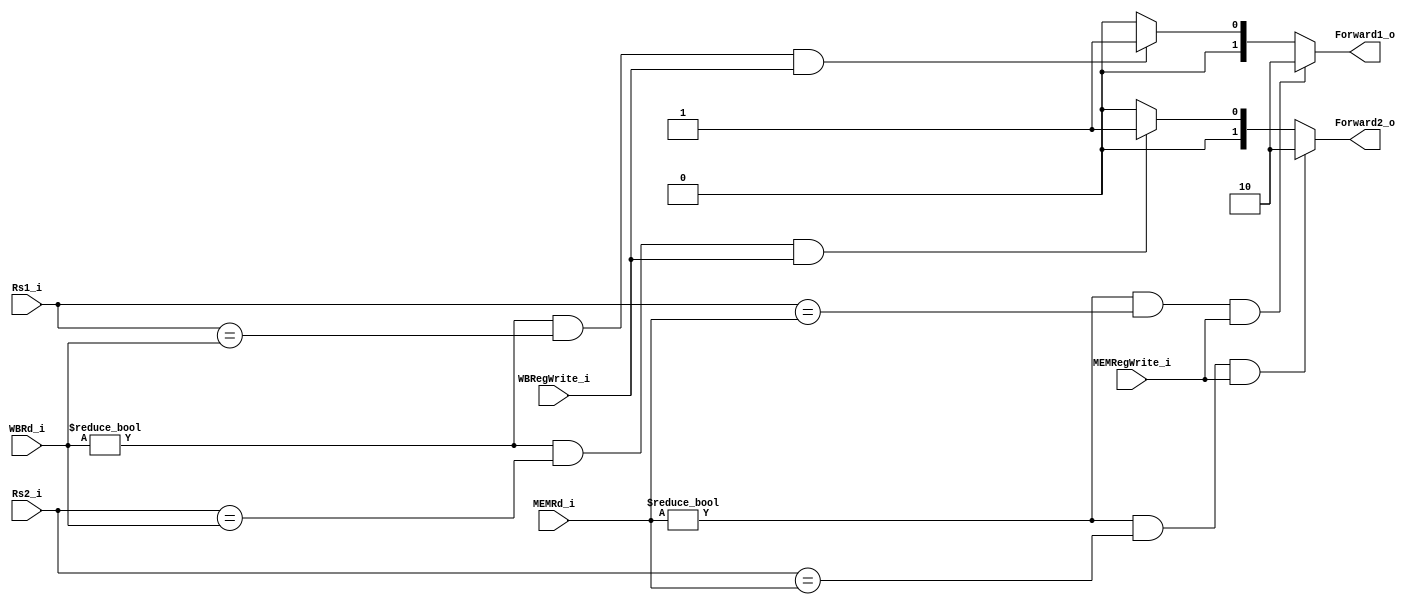
module FORWARD
(
    Rs1_i,
    Rs2_i,
    MEMRd_i,
    MEMRegWrite_i,
    WBRd_i,
    WBRegWrite_i,
    Forward1_o,
    Forward2_o
);

input   [4:0]   Rs1_i, Rs2_i, MEMRd_i, WBRd_i;
input           MEMRegWrite_i, WBRegWrite_i;

output  [1:0]   Forward1_o, Forward2_o;

assign Forward1_o = (MEMRd_i != 5'b0 && Rs1_i == MEMRd_i && MEMRegWrite_i == 1'b1)? 2'b10 :
                    (WBRd_i != 5'b0 && Rs1_i == WBRd_i && WBRegWrite_i == 1'b1)? 2'b01 : 2'b00;
assign Forward2_o = (MEMRd_i != 5'b0 && Rs2_i == MEMRd_i && MEMRegWrite_i == 1'b1)? 2'b10 :
                    (WBRd_i != 5'b0 && Rs2_i == WBRd_i && WBRegWrite_i == 1'b1)? 2'b01 : 2'b00;

endmodule